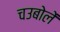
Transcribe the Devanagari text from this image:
चउबोलें